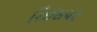
રિઈસચર